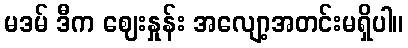
မဒမ် ဒီက ဈေးနှုန်း အလျော့အတင်းမရှိပါ။